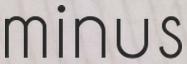
minus